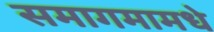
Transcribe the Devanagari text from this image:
समागमामधे